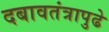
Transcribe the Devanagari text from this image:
दबावतंत्रापुढे